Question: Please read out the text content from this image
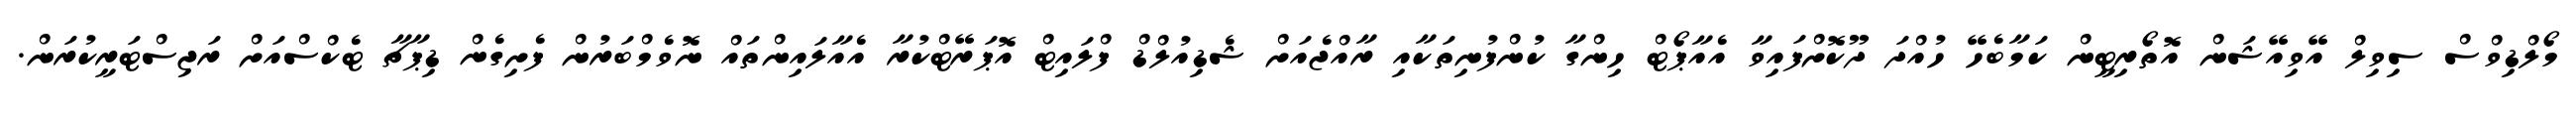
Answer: މޯލްޑިވްސް ސިވިލް އޭވިއޭޝަން އޮތޯރިޓީން ކަމާބެހޭ ހުއްދަ ދޫކޮށްފައިވާ އެއާޕޯޓް ހިންގާ ކުންފުނިތަކާއި ރާއްޖެއަށް ޝެޑިއުލްޑް ފްލައިޓް އޮޕަރޭޓްކުރާ އެއާލައިންތައް ނޮވެމްބަރުން ފެށިގެން ޑިޕާޗާ ޓެކްސްއަށް ރަޖިސްޓަރީކުރަން.